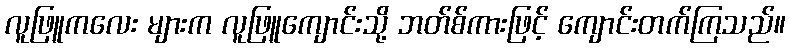
လူဖြူကလေး များက လူဖြူကျောင်းသို့ ဘတ်စ်ကားဖြင့် ကျောင်းတက်ကြသည်။